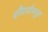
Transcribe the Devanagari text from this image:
सौंदर्यामधून